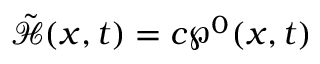
\tilde { \mathcal { H } } ( { x } , t ) = c \wp ^ { 0 } ( x , t )